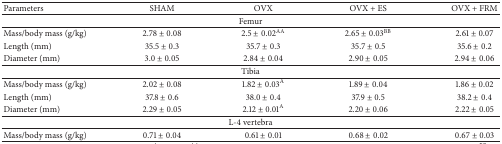
| Parameters | SHAM | OVX | OVX + ES | OVX + FRM |
 | --- | --- | --- | --- | --- |
 | <COLSPAN=5> Femur |
 | Mass/body mass (g/kg) | 2.78 ± 0.08 | 2.5 ± 0.02AA | 2.65 ± 0.03BB | 2.61 ± 0.07 |
 | Length (mm) | 35.5 ± 0.3 | 35.7 ± 0.3 | 35.7 ± 0.5 | 35.6 ± 0.2 |
 | Diameter (mm) | 3.0 ± 0.05 | 2.84 ± 0.04 | 2.90 ± 0.05 | 2.94 ± 0.06 |
 | <COLSPAN=5> Tibia |
 | Mass/body mass (g/kg) | 2.02 ± 0.08 | 1.82 ± 0.03A | 1.89 ± 0.04 | 1.86 ± 0.02 |
 | Length (mm) | 37.8 ± 0.6 | 38.0 ± 0.4 | 37.9 ± 0.5 | 38.2 ± 0.4 |
 | Diameter (mm) | 2.29 ± 0.05 | 2.12 ± 0.01A | 2.20 ± 0.06 | 2.22 ± 0.05 |
 | <COLSPAN=5> L-4 vertebra |
 | Mass/body mass (g/kg) | 0.71 ± 0.04 | 0.61 ± 0.01 | 0.68 ± 0.02 | 0.67 ± 0.03 |